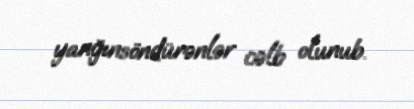
yanğınsöndürənlər cəlb olunub.